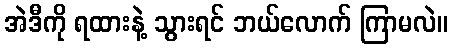
အဲဒီကို ရထားနဲ့ သွားရင် ဘယ်လောက် ကြာမလဲ။